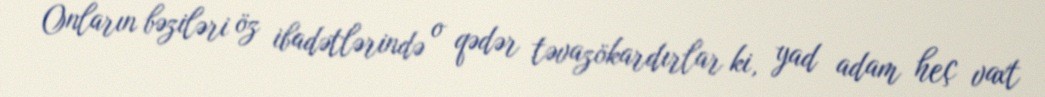
Onların bəziləri öz ibadətlərində o qədər təvazökardırlar ki, yad adam heç vaxt